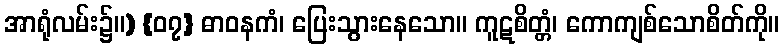
အာရုံလမ်း၌။) {၀၇} ဓာဝနကံ၊ ပြေးသွားနေသော။ ကူဋစိတ္တံ၊ ကောကျစ်သောစိတ်ကို။